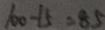
1 0 0 - 1 5 = 8 5